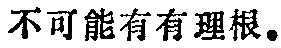
不可能有有理根。